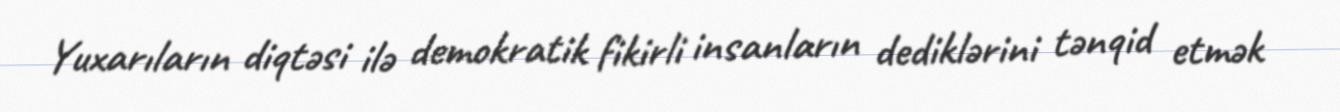
Yuxarıların diqtəsi ilə demokratik fikirli insanların dediklərini tənqid etmək